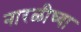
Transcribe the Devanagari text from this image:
नारळीच्या